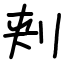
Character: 刾